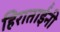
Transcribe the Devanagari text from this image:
हिराताईंनी